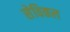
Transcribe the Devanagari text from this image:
सेविकल